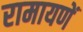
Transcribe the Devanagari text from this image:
रामायणें